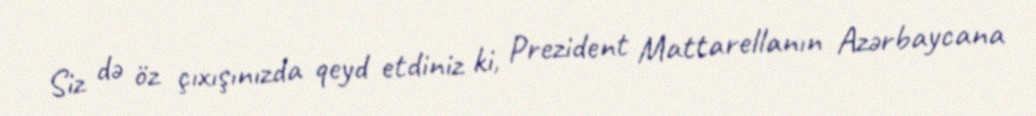
Siz də öz çıxışınızda qeyd etdiniz ki, Prezident Mattarellanın Azərbaycana